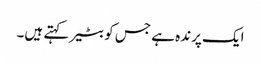
ایک پرندہ ہے جس کو بٹیر کہتے ہیں۔